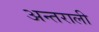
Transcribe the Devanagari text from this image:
अन्तराली